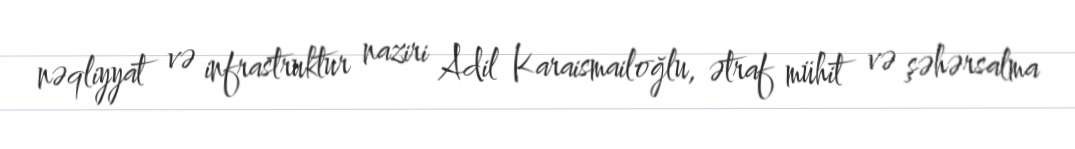
nəqliyyat və infrastruktur naziri Adil Karaismailoğlu, ətraf mühit və şəhərsalma